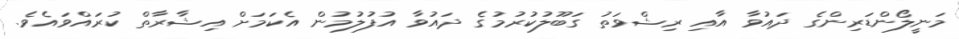
މަނީލޯންޑަރިންގެ ދައުވާ އާއި ރިޝްވަތު ގަބޫލުކުރުމުގެ ދައުވާ އުފުލުމުން އެކަމަށް އިޝާރާތް ކުރައްވައެވެ.